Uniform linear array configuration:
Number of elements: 16
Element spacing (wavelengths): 0.75
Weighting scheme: kaiser
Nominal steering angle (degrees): -15
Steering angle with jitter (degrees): -16.252
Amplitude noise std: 0.05
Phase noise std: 0.05

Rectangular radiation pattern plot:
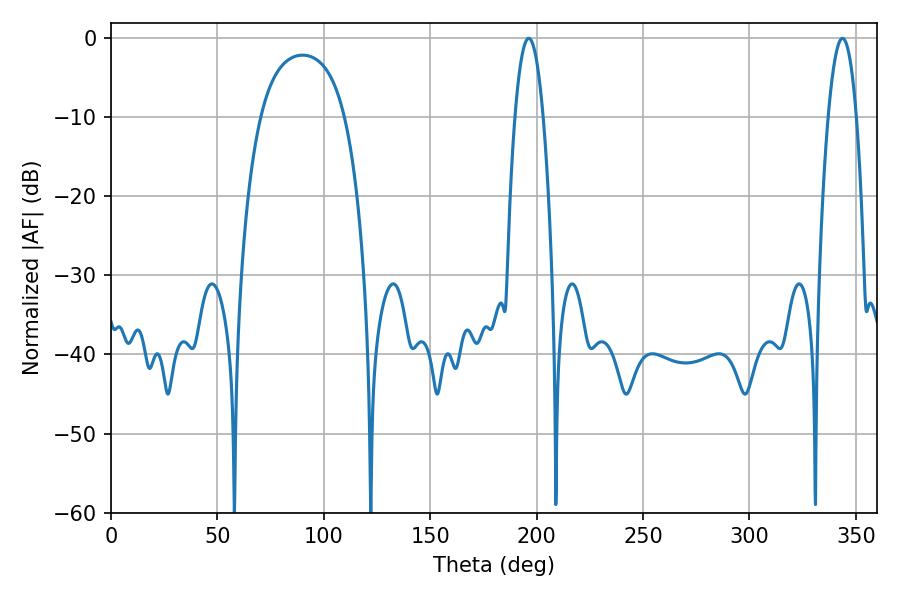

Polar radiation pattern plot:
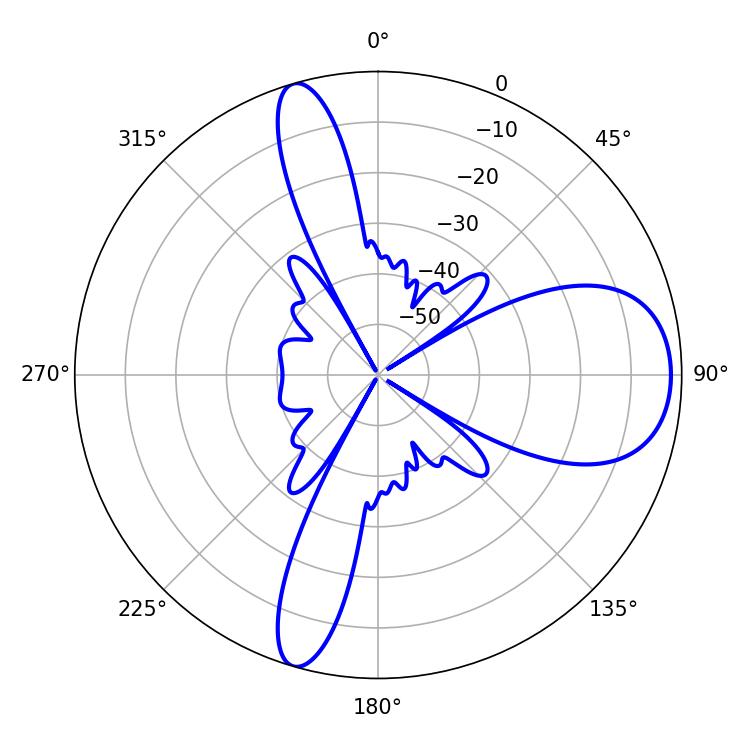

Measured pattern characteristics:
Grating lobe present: TRUE
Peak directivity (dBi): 9.769
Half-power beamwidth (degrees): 7.38
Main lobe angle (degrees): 196.2